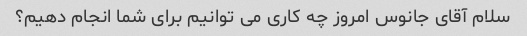
سلام آقای جانوس امروز چه کاری می توانیم برای شما انجام دهیم؟